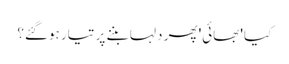
کیا 'بھائی' پھر دلہا بننے پر تیار ہوگئے؟